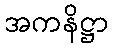
အကနိဋ္ဌာ